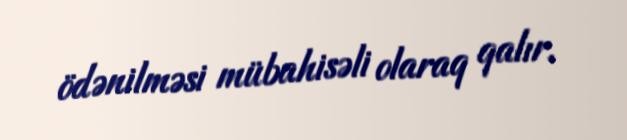
ödənilməsi mübahisəli olaraq qalır.